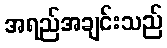
အရည်အချင်းသည်